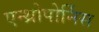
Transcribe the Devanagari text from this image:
एन्थ्रोपोर्निस